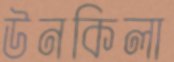
উনকিলা